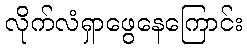
လိုက်လံရှာဖွေနေကြောင်း